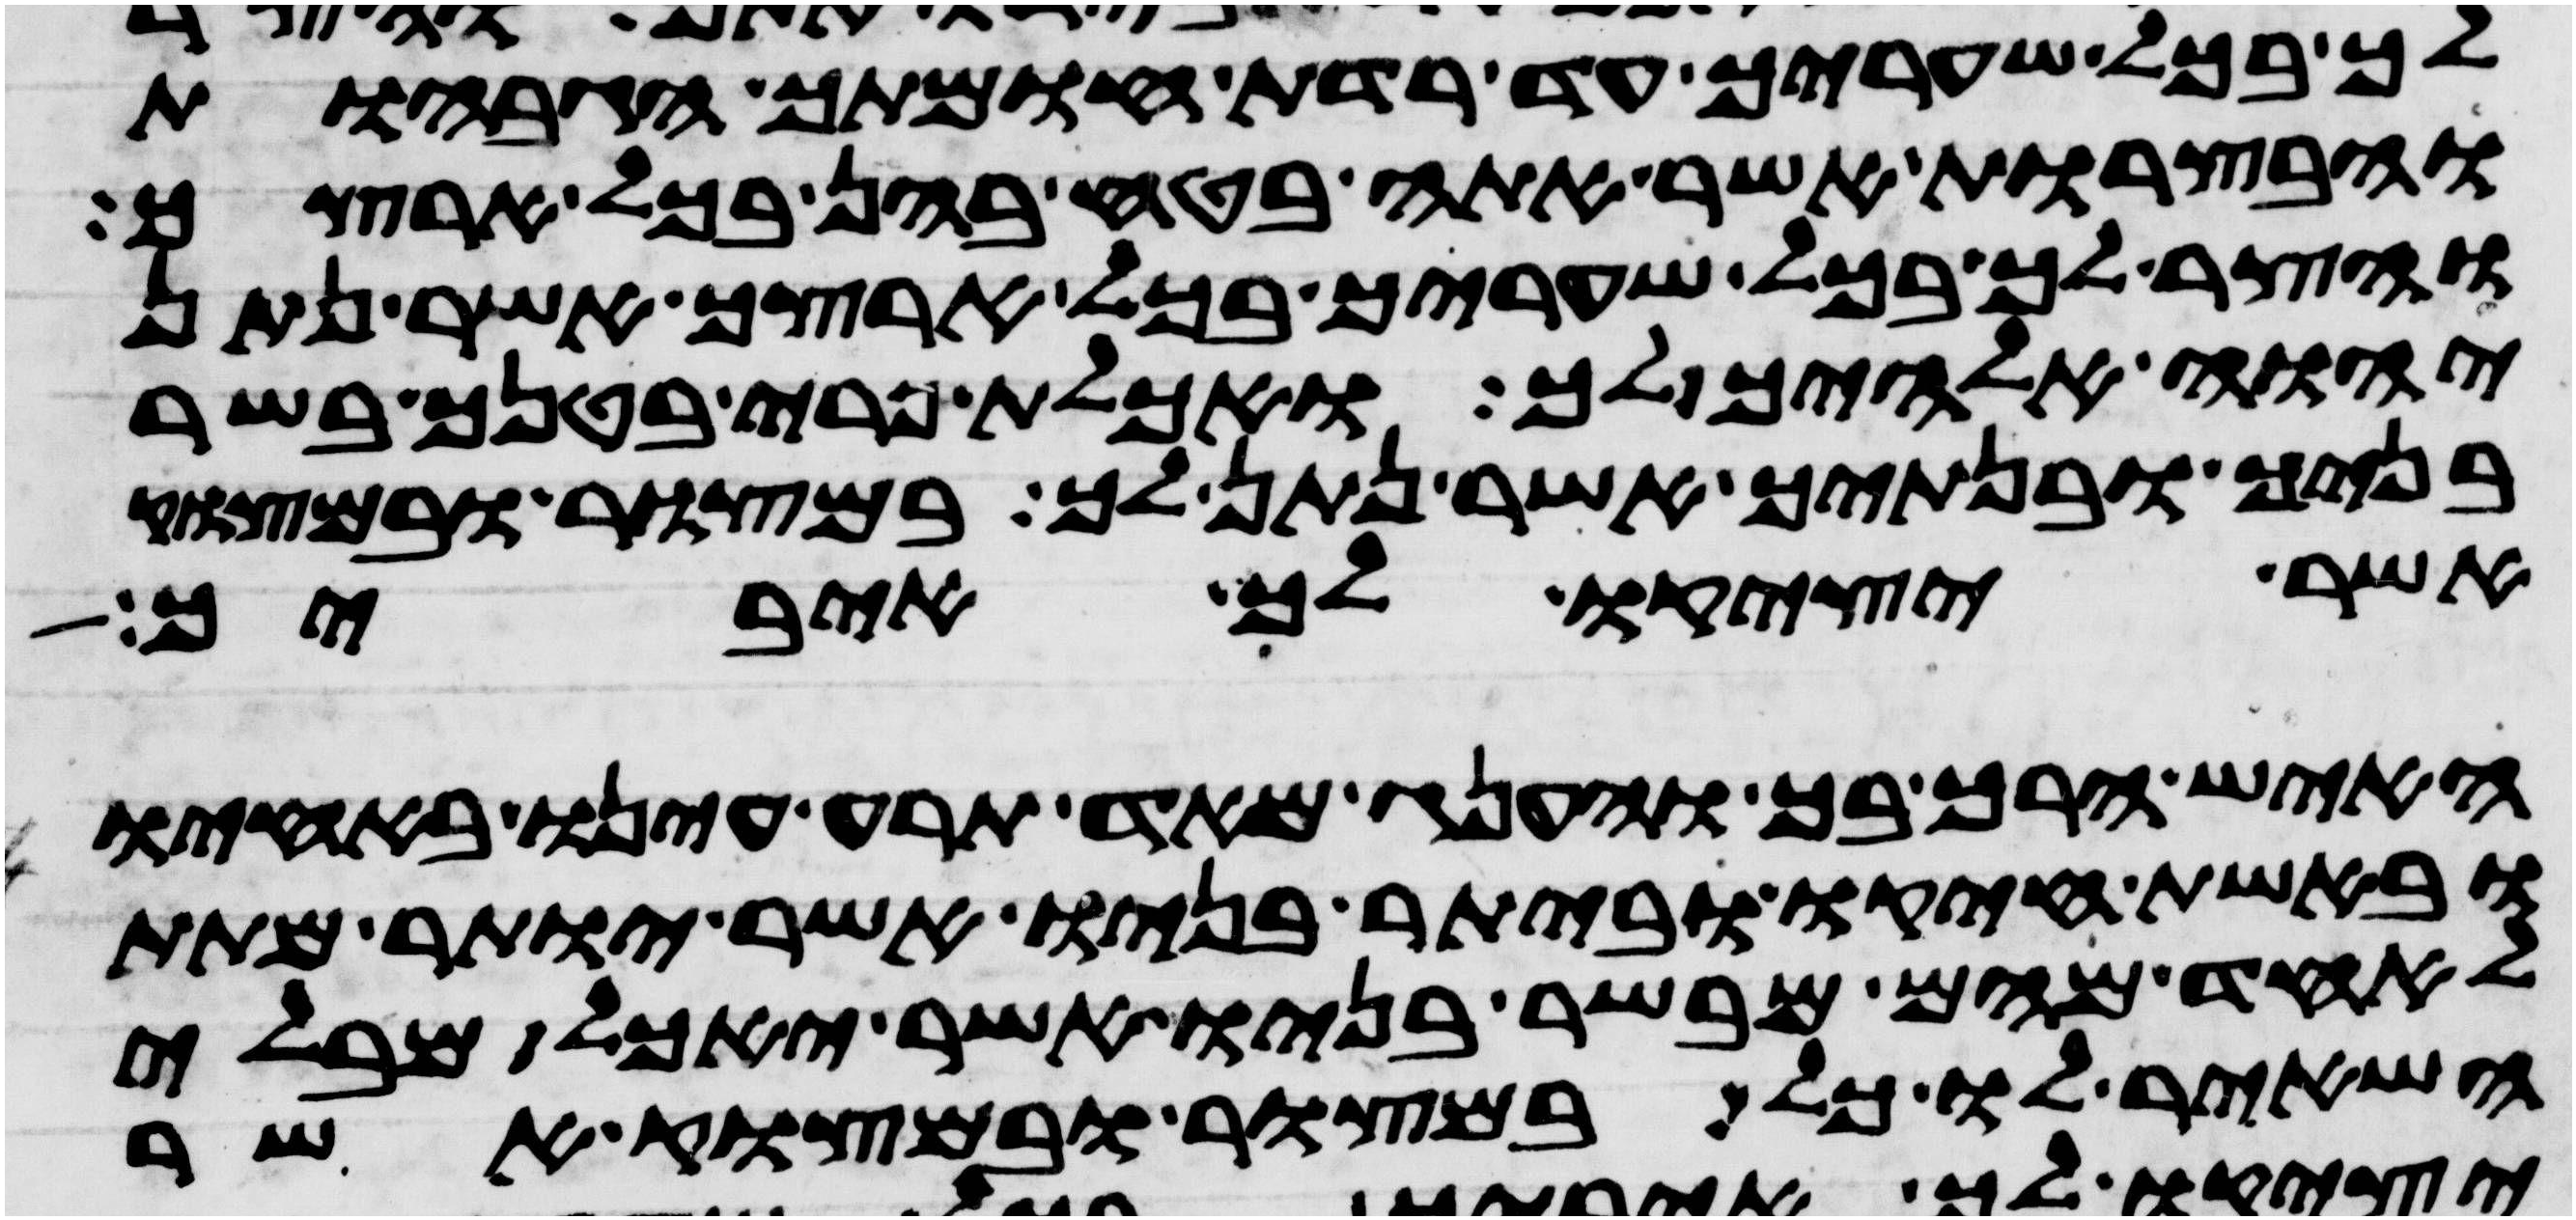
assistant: לך בכל שעריך עד רדת חומתך הגבחות
והבצרות אשר אתה בטח בהן בכל ארצך
והצר לך בכל שעריך בכל ארצך אשר נתן
יהוה אלהיך לך ואכלת פרי בטנך בשר
בניך ובנתיך אשר נתן לך במצור ובמצוק
אשר יציקו לך איביך
האיש הרך בך והענג מאד תרע עינו באחיו
ובאשת חיקו וביתר בניו אשר יותר מתת
לאחד מהם מבשר בניו אשר יאכל מבלי
השאיר לו כל במצור ובמצוק אשר